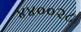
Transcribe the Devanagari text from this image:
४४००२८